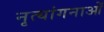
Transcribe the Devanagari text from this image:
नृत्‍यांगनाओं